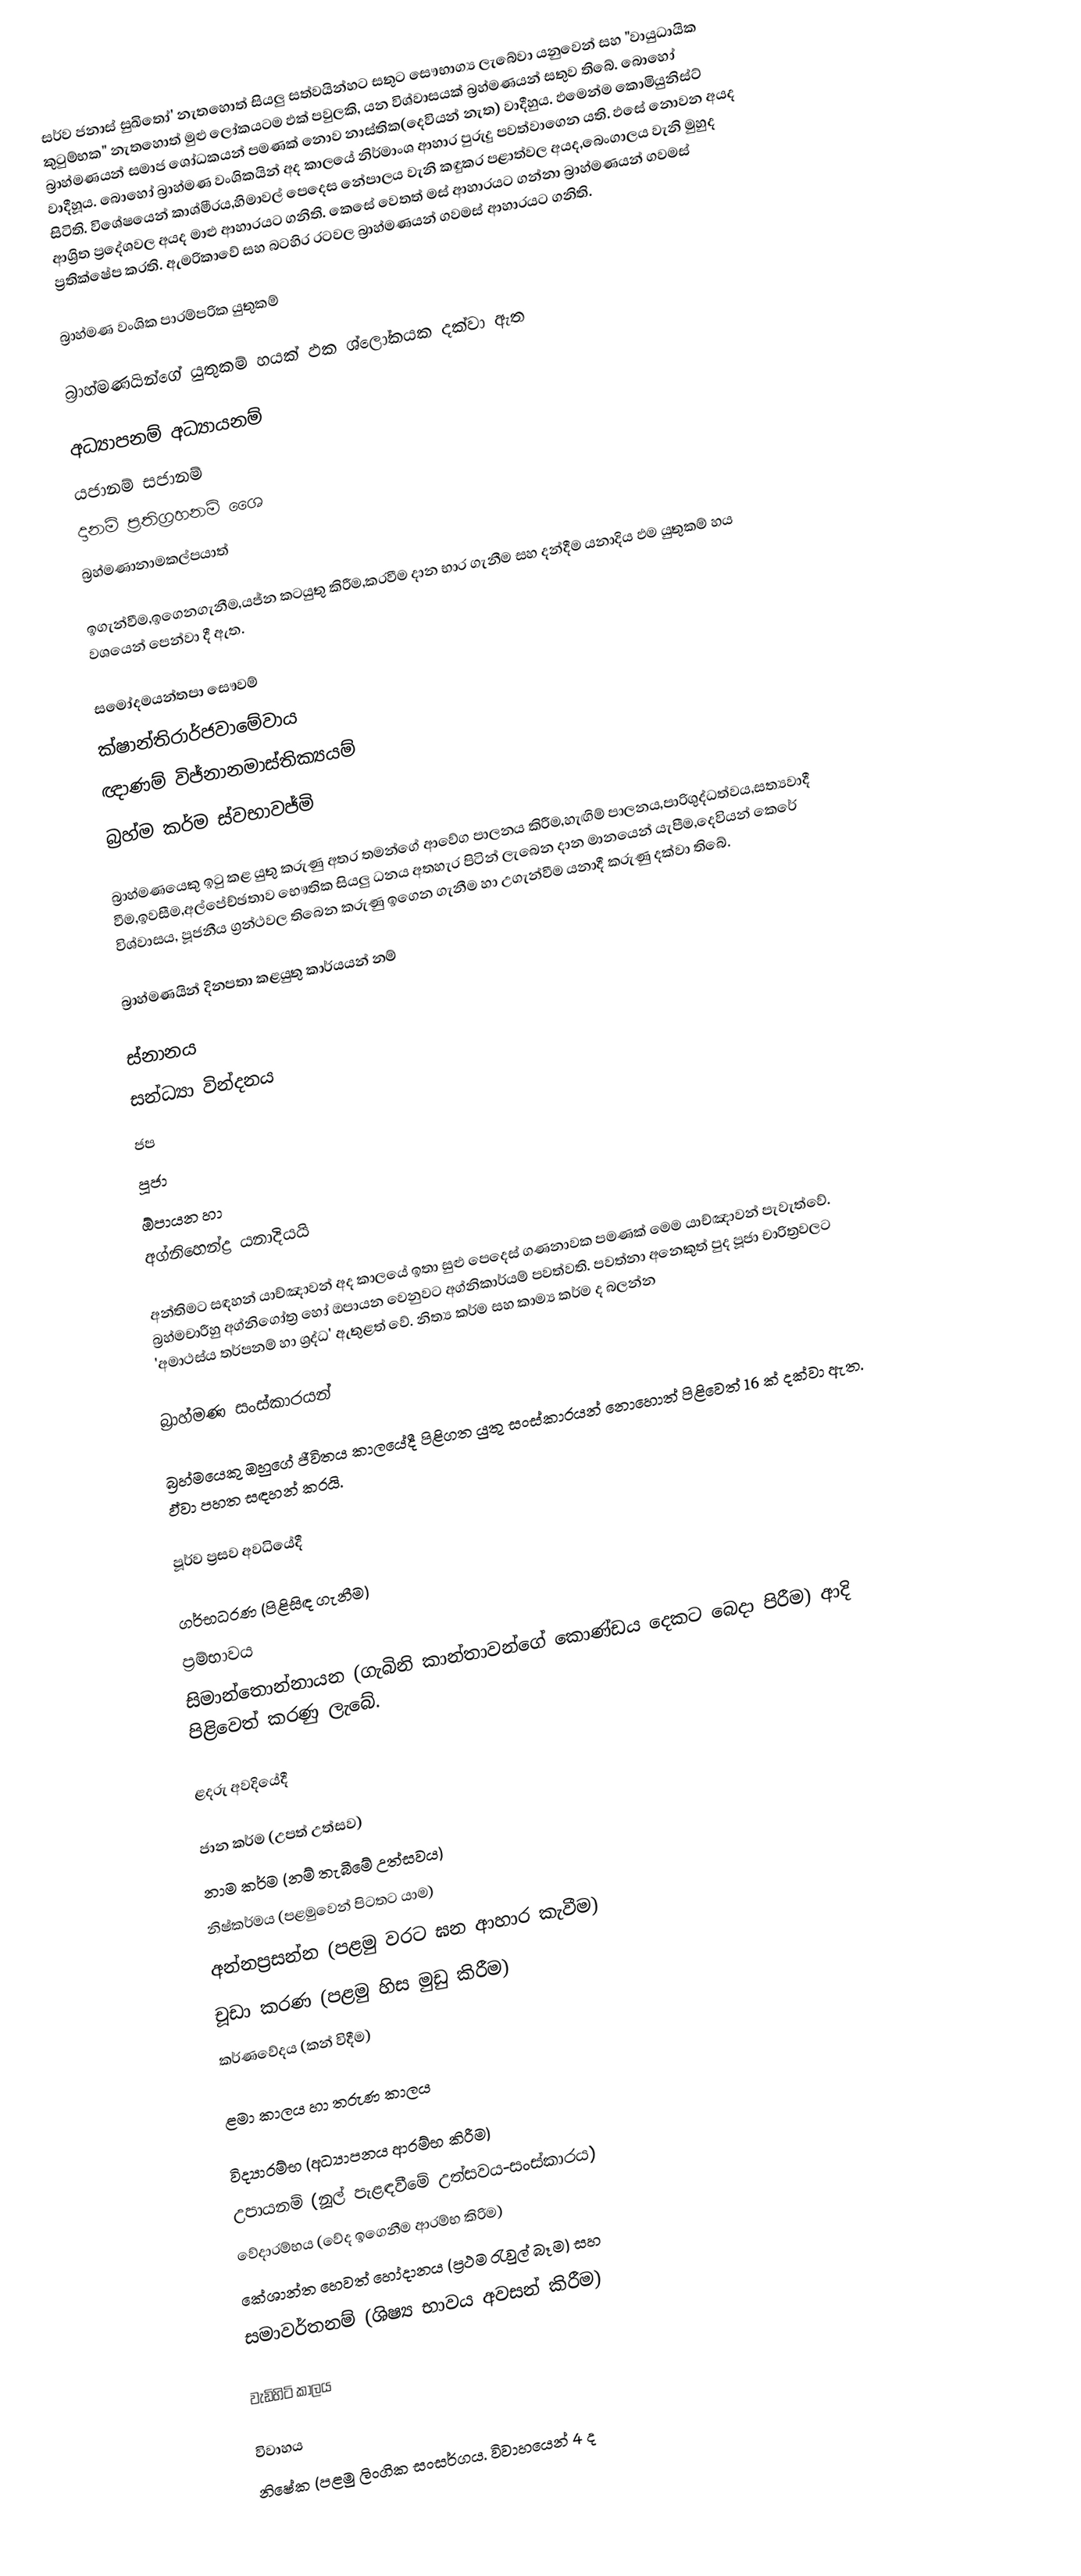
සර්ව ජනාස් සුඛිතෝ' නැතහොත් සියලු සත්වයින්හට සතුට සෞභාග්‍ය ලැබේවා යනුවෙන් සහ "වායුධායික කුටුම්භක" නැතහොත් මුළු ලෝකයටම ඵක් පවුලකි, යන විශ්වාසයක් බ්‍රහ්මණයන් සතුව තිබේ. බොහෝ බ්‍රාහ්මණයන් සමාජ ශෝධකයන් පමණක් නොව නාස්තික(දෙවියන් නැත) වාදීහුය. ඵමෙන්ම කොමියුනිස්ට් වාදීහූය. බොහෝ බ්‍රාහ්මණ වංශිකයින් අද කාලයේ නිර්මාංශ ආහාර පුරුදු පවත්වාගෙන යති. ඵසේ නොවන අයද සිටිති. විශේෂයෙන් කාශ්මීරය,හිමාවල් පෙදෙස නේපාලය වැනි කඳුකර පළාත්වල අයද,බෙංගාලය වැනි මුහුද ආශ්‍රිත ප්‍රදේශවල අයද මාළු ආහාරයට ගනිති. කෙසේ වෙතත් මස් ආහාරයට ගන්නා බ්‍රාහ්මණයන් ගවමස් ප්‍රතික්ෂේප කරති. ඇමරිකාවේ සහ බටහිර රටවල බ්‍රාහ්මණයන් ගවමස් ආහාරයට ගනිති.

බ්‍රාහ්මණ වංශික පාරම්පරික යුතුකම්

බ්‍රාහ්මණයින්ගේ යුතුකම් හයක් ඵක ශ්ලෝකයක දක්වා ඇත

 අධ්‍යාපනම් අධ්‍යායනම්
 යජානම් සජානම්
දානම් ප්‍රතිග්‍රහනම් ශෛ
බ්‍රහ්මණානාමකල්පයාත්

ඉගැන්වීම,ඉගෙනගැනීම,යජ්න කටයුතු කිරීම,කරවීම දාන භාර ගැනීම සහ දන්දීම යනාදිය ඵම යුතුකම් හය වශයෙන් පෙන්වා දී ඇත.

 සමෝදමයන්තපා සෞවම්
 ක්ෂාන්තිරාර්ජවාමේවාය
 ඥාණම් විජ්නානමාස්තික්‍යයම්
 බ්‍රහ්ම කර්ම ස්වභාවජ්මි

බ්‍රාහ්මණයෙකු ඉටු කළ යුතු කරුණු අතර තමන්ගේ ආවේග පාලනය කිරීම,හැඟිම් පාලනය,පාරිශුද්ධත්වය,සත්‍යවාදී වීම,ඉවසීම,අල්පේච්ඡතාව භෞතික සියලු ධනය අතහැර පිටින් ලැබෙන දාන මානයෙන් යැපීම,දෙවියන් කෙරේ විශ්වාසය, පූජනීය ග්‍රන්ථවල තිබෙන කරුණු ඉගෙන ගැනීම හා උගැන්වීම යනාදී කරුණු දක්වා තිබේ.

බ්‍රාහ්මණයින් දිනපතා කළයුතු කාර්යයන් නම්

ස්නානය
 සන්ධ්‍යා වින්දනය
 ජප
පූජා
 ඕපායන හා
 අග්නිහෙන්ද්‍ර යනාදියයි

අන්තිමට සඳහන් යාච්ඤාවන් අද කාලයේ ඉතා සුළු පෙදෙස් ගණනාවක පමණක් මෙම යාච්ඤාවන් පැවැත්වේ. බ්‍රහ්මචාරීහු අග්නිගෝත්‍ර හෝ ඔපායන වෙනුවට අග්නිකාර්යම් පවත්වති. පවත්නා අනෙකුත් පුද පූජා චාරිත්‍රවලට 'අමාථස්ය තර්පනම් හා ශ්‍රද්ධ' ඇතුළත් වේ. නිත්‍ය කර්ම සහ කාම්‍ය කර්ම ද බලන්න

බ්‍රාහ්මණ සංස්කාරයන්

බ්‍රහ්මයෙකු ඔහුගේ ජීවිතය කාලයේදී පිළිගත යුතු සංස්කාරයන් නොහොත් පිළිවෙත් 16 ක් දක්වා ඇත. ඵ්වා පහත සඳහන් කරයි.

පූර්ව ප්‍රසව අවධියේදී

ගර්භධරණ (පිළිසිඳ ගැනීම)
ප්‍රම්භාවය
 සිමාන්තොන්නායන (ගැබිනි කාන්තාවන්ගේ කොණ්ඩය දෙකට බෙදා පිරීම) ආදි පිළිවෙත් කරණු ලැබේ.

ළදරු අවදියේදී

ජාන කර්ම (උපත් උත්සව)
 නාම කර්ම (නම් තැබීමේ උත්සවය)
 නිෂ්කර්මය (පළමුවෙන් පිටතට යාම)
අන්නප්‍රසන්න (පළමු වරට ඝන ආහාර කැවීම)
චූඩා කරණ (පළමු හිස මුඩු කිරීම)
කර්ණවේදය (කන් විදීම)

ළමා කාලය හා තරුණ කාලය

 විද්‍යාරම්භ (අධ්‍යාපනය ආරම්භ කිරීම)
 උපායනම් (නූල් පැළඳවීමේ උත්සවය-සංස්කාරය)
 වේදාරම්භය (වේද ඉගෙනීම ආරම්භ කිරිම)
 කේශාන්ත හෙවත් හෝදානය (ප්‍රථම රැවුල් බෑම) සහ
 සමාවර්තනම් (ශිෂ්‍ය භාවය අවසන් කිරීම)

වැඩිහිටි කාලය

විවාහය
නිෂේක (පළමු ලිංගික සංසර්ගය. විවාහයෙන් 4 ද